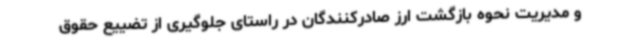
و مدیریت نحوه بازگشت ارز صادرکنندگان در راستای جلوگیری از تضییع حقوق